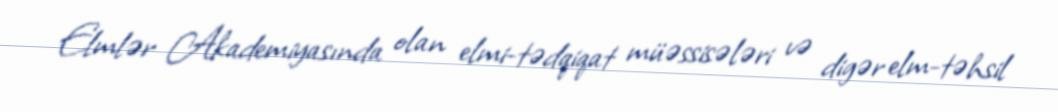
Elmlər Akademiyasında olan elmi-tədqiqat müəssisələri və digər elm-təhsil